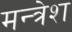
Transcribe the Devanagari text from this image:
मन्त्रेश